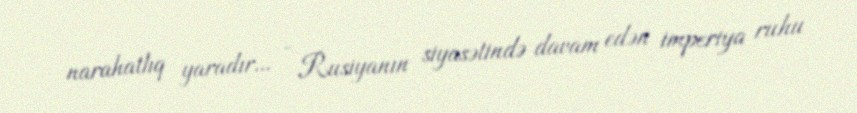
narahatlıq yaradır... - Rusiyanın siyasətində davam edən imperiya ruhu